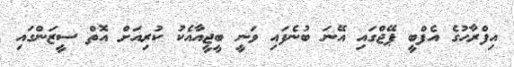
އިފްރާހުގެ އެފްބީ ޕޭޖްގައި އޭނަ ބުނެފައި ވަނީ ބީޖީއާއެކު ކުރިއަށް އޮތް ސީޒަންގައި